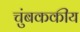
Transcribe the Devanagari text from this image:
चुंबककीय